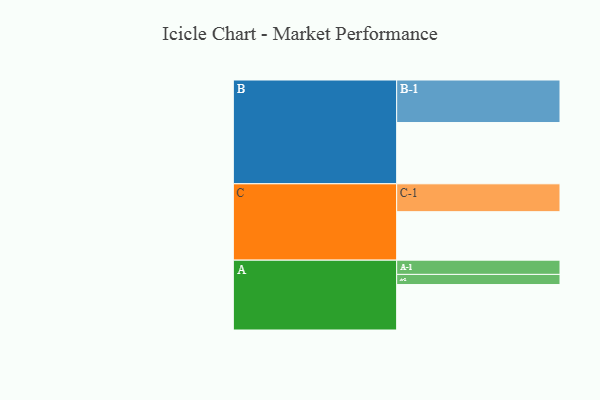
{"axis": {"x": "Segment", "y": "Value"}, "legend": ["", "A", "B", "C"], "data": [{"x": "A", "y": 313, "type": ""}, {"x": "B", "y": 422, "type": ""}, {"x": "C", "y": 334, "type": ""}, {"x": "A-1", "y": 98, "type": "A"}, {"x": "A-2", "y": 70, "type": "A"}, {"x": "B-1", "y": 293, "type": "B"}, {"x": "C-1", "y": 192, "type": "C"}]}